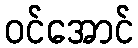
ဝင်အောင်